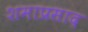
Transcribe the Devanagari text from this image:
शमाप्रसाद